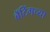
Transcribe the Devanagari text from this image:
बॅटिंगच्या